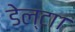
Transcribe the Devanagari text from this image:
डेल्टा१